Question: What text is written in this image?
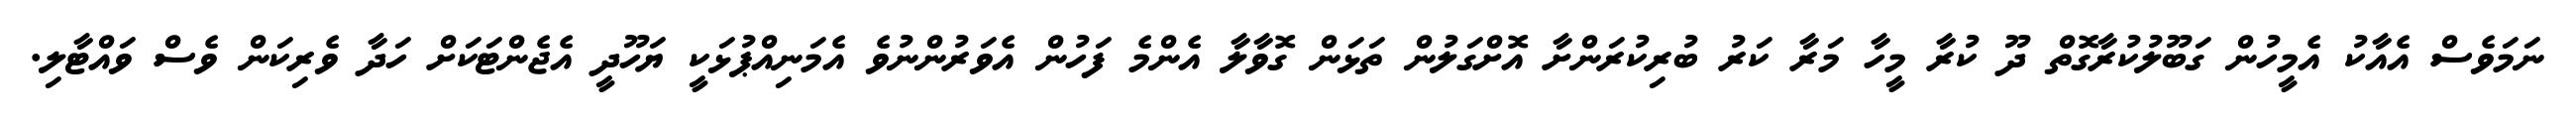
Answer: ނަމަވެސް އެއާކު އެމީހުން ގަބޫލުކުރާގޮތް ދޫ ކުރާ މީހާ މަރާ ކަރު ބުރިކުރަންށާ އޮށްގަލުން ތަޅަން ގޮވާލާ އެންމެ ފަހުން އެވަރުންނުވެ އެމަނިއްޕުޅަކީ ޔަހޫދީ އެޖެންޓަކަށް ހަދާ ވެރިކަން ވެސް ވައްޓާލި.